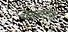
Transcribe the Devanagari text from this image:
येसूबाईंना